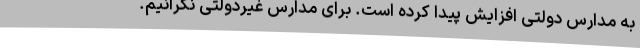
به مدارس دولتی افزایش پیدا کرده است. برای مدارس غیردولتی نگرانیم.